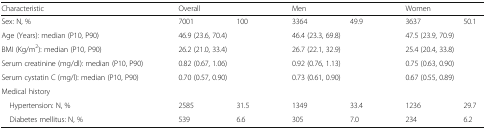
<table><thead><tr><td><b>Characteristic</b></td><td colspan="2"><b>Overall</b></td><td colspan="2"><b>Men</b></td><td colspan="2"><b>Women</b></td></tr></thead><tbody><tr><td>Sex: N, %</td><td>7001</td><td>100</td><td>3364</td><td>49.9</td><td>3637</td><td>50.1</td></tr><tr><td>Age (Years): median (P10, P90)</td><td colspan="2">46.9 (23.6, 70.4)</td><td colspan="2">46.4 (23.3, 69.8)</td><td colspan="2">47.5 (23.9, 70.9)</td></tr><tr><td>BMI (Kg/m<sup>2</sup>): median (P10, P90)</td><td colspan="2">26.2 (21.0, 33.4)</td><td colspan="2">26.7 (22.1, 32.9)</td><td colspan="2">25.4 (20.4, 33.8)</td></tr><tr><td>Serum creatinine (mg/dl): median (P10, P90)</td><td colspan="2">0.82 (0.67, 1.06)</td><td colspan="2">0.92 (0.76, 1.13)</td><td colspan="2">0.75 (0.63, 0.90)</td></tr><tr><td>Serum cystatin C (mg/l): median (P10, P90)</td><td colspan="2">0.70 (0.57, 0.90)</td><td colspan="2">0.73 (0.61, 0.90)</td><td colspan="2">0.67 (0.55, 0.89)</td></tr><tr><td>Medical history</td><td>[EMPTY_CELL]</td><td>[EMPTY_CELL]</td><td>[EMPTY_CELL]</td><td>[EMPTY_CELL]</td><td>[EMPTY_CELL]</td><td>[EMPTY_CELL]</td></tr><tr><td> Hypertension: N, %</td><td>2585</td><td>31.5</td><td>1349</td><td>33.4</td><td>1236</td><td>29.7</td></tr><tr><td> Diabetes mellitus: N, %</td><td>539</td><td>6.6</td><td>305</td><td>7.0</td><td>234</td><td>6.2</td></tr></tbody></table>